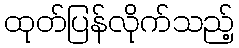
ထုတ်ပြန်လိုက်သည့်